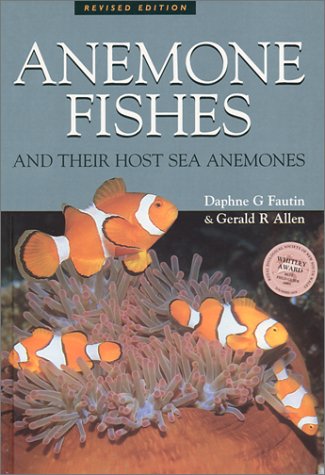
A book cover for Anemone Fishes and Their Host Sea Anemones : a Guide for Aquarists and Divers; Daphne Gail Fautin; Sports & Outdoors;